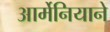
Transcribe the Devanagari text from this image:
आर्मेनियाने